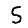
Digit: 5